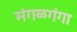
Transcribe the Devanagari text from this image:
मंगळगंगा